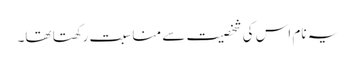
یہ نام اس کی شخصیت سے مناسبت رکھتا تھا۔